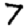
Digit: 7